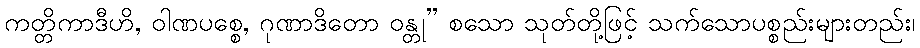
ကတ္တိကာဒီဟိ, ဝါဏပစ္စေ, ဂုဏာဒိတော ဝန္တု” စသော သုတ်တို့ဖြင့် သက်သောပစ္စည်းများတည်း၊